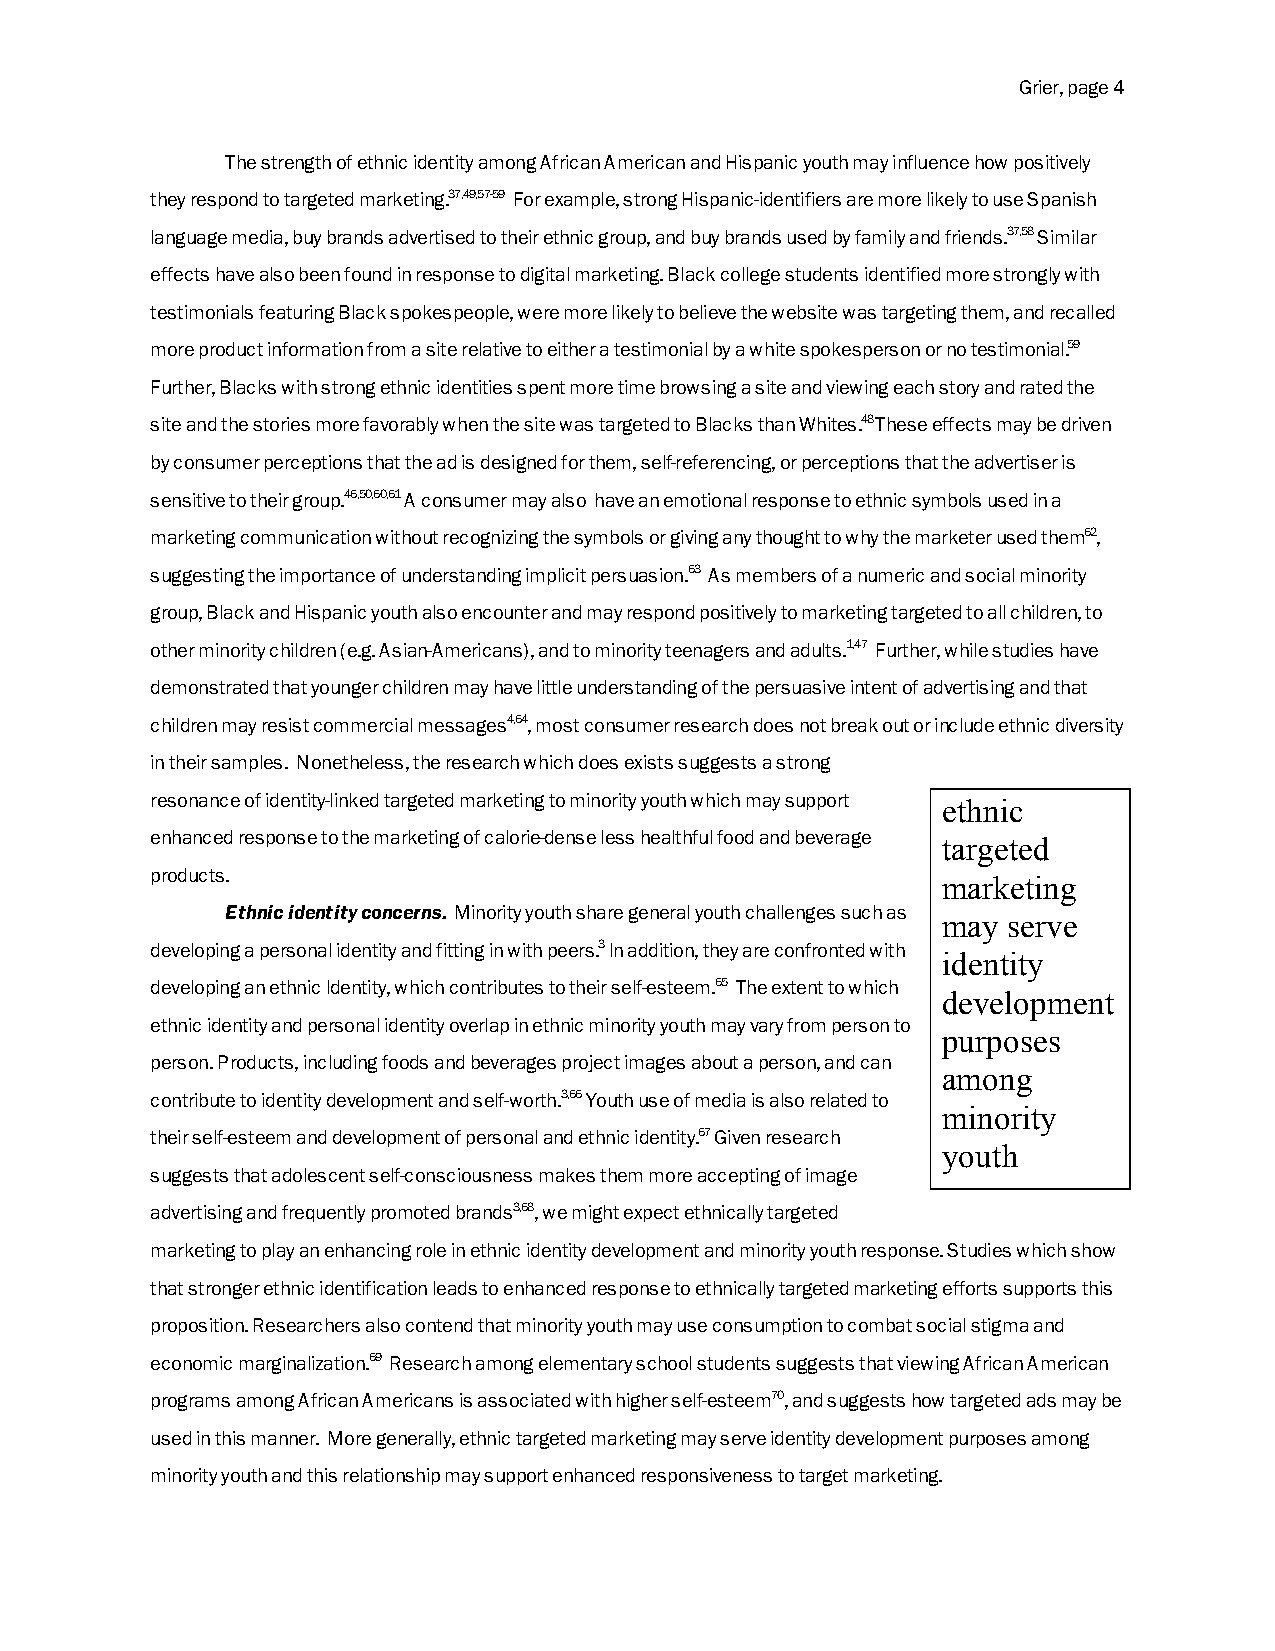
Grier, page 4
 The strength of ethnic identity among African American and Hispanic youth may influence how positively
 they respond to targeted marketing.37,49,57-59 For example, strong Hispanic-identifiers are more likely to use Spanish
 language media, buy brands advertised to their ethnic group, and buy brands used by family and friends.37,58 Similar
 effects have also been found in response to digital marketing. Black college students identified more strongly with
 testimonials featuring Black spokespeople, were more likely to believe the website was targeting them, and recalled
 more product information from a site relative to either a testimonial by a white spokesperson or no testimonial.59
 Further, Blacks with strong ethnic identities spent more time browsing a site and viewing each story and rated the
 site and the stories more favorably when the site was targeted to Blacks than Whites.48 These effects may be driven
 by consumer perceptions that the ad is designed for them, self-referencing, or perceptions that the advertiser is
 sensitive to their group.46,50,60,61 A consumer may also have an emotional response to ethnic symbols used in a
 marketing communication without recognizing the symbols or giving any thought to why the marketer used them62,
 suggesting the importance of understanding implicit persuasion.63 As members of a numeric and social minority
 group, Black and Hispanic youth also encounter and may respond positively to marketing targeted to all children, to
 other minority children (e.g. Asian-Americans), and to minority teenagers and adults.1,47 Further, while studies have
 demonstrated that younger children may have little understanding of the persuasive intent of advertising and that
 children may resist commercial messages4,64, most consumer research does not break out or include ethnic diversity
 in their samples. Nonetheless, the research which does exists suggests a strong
 resonance of identity-linked targeted marketing to minority youth which may support ethnic
 enhanced response to the marketing of calorie-dense less healthful food and beverage targeted
 products.
 marketing
 Ethnic identity concerns. Minority youth share general youth challenges such as
 may  serve
 developing a personal identity and fitting in with peers.3 In addition, they are confronted with
 identity
 developing an ethnic Identity, which contributes to their self-esteem.65 The extent to which
 development
 ethnic identity and personal identity overlap in ethnic minority youth may vary from person to
 purposes
 person. Products, including foods and beverages project images about a person, and can
 among
 contribute to identity development and self-worth.3,66 Youth use of media is also related to
 minority
 their self-esteem and development of personal and ethnic identity.67 Given research
 youth
 suggests that adolescent self-consciousness makes them more accepting of image
 advertising and frequently promoted brands3,68, we might expect ethnically targeted
 marketing to play an enhancing role in ethnic identity development and minority youth response. Studies which show
 that stronger ethnic identification leads to enhanced response to ethnically targeted marketing efforts supports this
 proposition. Researchers also contend that minority youth may use consumption to combat social stigma and
 economic marginalization.69 Research among elementary school students suggests that viewing African American
 programs among African Americans is associated with higher self-esteem70, and suggests how targeted ads may be
 used in this manner. More generally, ethnic targeted marketing may serve identity development purposes among
 minority youth and this relationship may support enhanced responsiveness to target marketing.